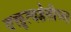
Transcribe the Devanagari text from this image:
वक्तृत्वशैलीच्या